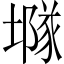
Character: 𡑖